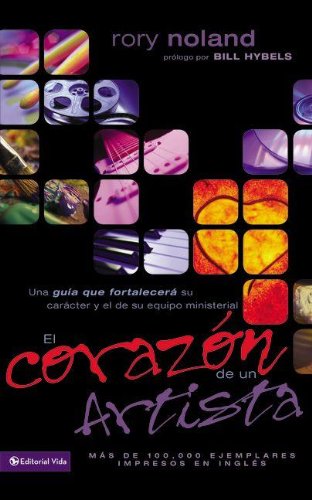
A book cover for El Corazon de un Artista (Spanish Edition); Rory Noland; Literature & Fiction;